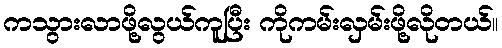
ကသွားလာဖို့လွယ်ကူပြီး ကိုကမ်းလှမ်းဖို့လိုတယ်။